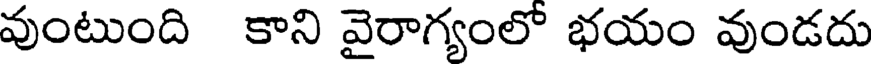
వుంటుంది కాని వైరాగ్యంలో భయం వుండదు